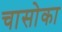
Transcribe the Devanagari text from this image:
चासोका